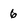
Character: 6